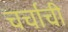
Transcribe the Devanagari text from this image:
चर्चाची